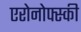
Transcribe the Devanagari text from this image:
एरोनोफ्स्की